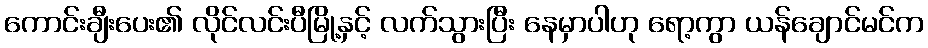
ကောင်းချီးပေး၏ လိုင်လင်းပီမြို့နှင့် လက်သွားပြီး နေမှာပါဟု ရော့ကွာ ယန်ချောင်မင်က